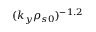
( k _ { y } \rho _ { s 0 } ) ^ { - 1 . 2 }